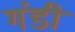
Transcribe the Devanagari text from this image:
गंडी